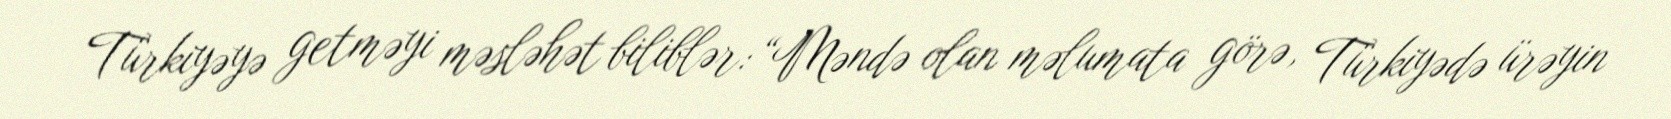
Türkiyəyə getməyi məsləhət biliblər: “Məndə olan məlumata görə, Türkiyədə ürəyin